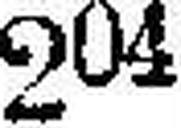
204